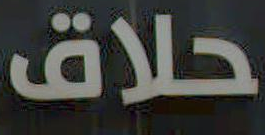
حلاق